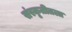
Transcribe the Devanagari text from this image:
संस्कृतीतला